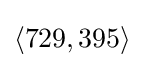
\langle 729,395\rangle